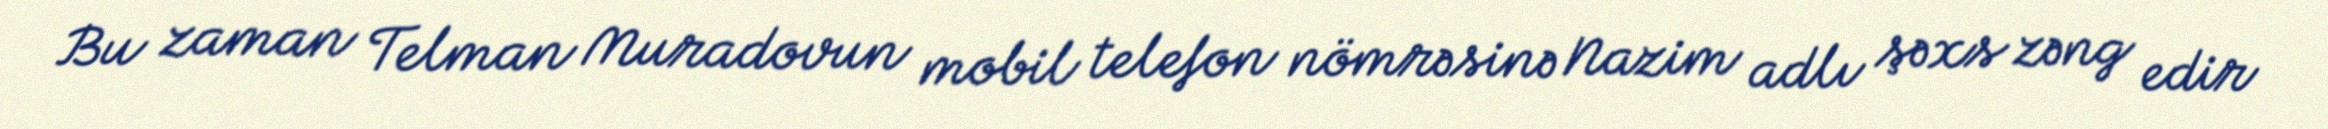
Bu zaman Telman Muradovun mobil telefon nömrəsinə Nazim adlı şəxs zəng edir